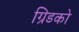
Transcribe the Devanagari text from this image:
ग्रिडको